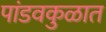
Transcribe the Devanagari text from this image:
पांडवकुळात